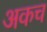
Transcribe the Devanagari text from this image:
अकच